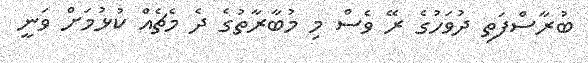
ބުރާސްފަތި ދުވަހުގެ ރޭ ވެސް މި މުބާރާތުގެ ދެ މެޗެއް ކުޅުމަށް ވަނީ